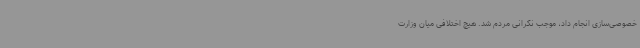
خصوصی‌سازی انجام داد، موجب نگرانی مردم شد. هیچ اختلافی میان وزارت